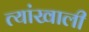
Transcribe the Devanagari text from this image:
त्यांखाली